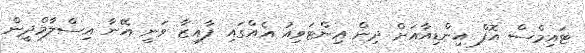
ޓައިމްސް އޮފް އިންޑިއާއަށް ދިން އިންޓަވިއު އެއްގައި ފާއިޒާ ވަނީ އޭނާ އިސްލާމްދީން